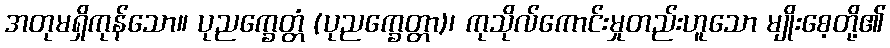
အတုမရှိကုန်သော။ ပုညက္ခေတ္တံ (ပုညက္ခေတ္တာ)၊ ကုသိုလ်ကောင်းမှုတည်းဟူသော မျိုးစေ့တို့၏